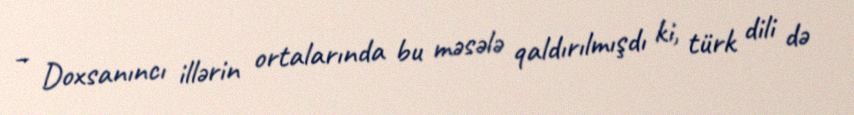
– Doxsanıncı illərin ortalarında bu məsələ qaldırılmışdı ki, türk dili də